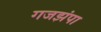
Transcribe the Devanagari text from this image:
गजझंपा